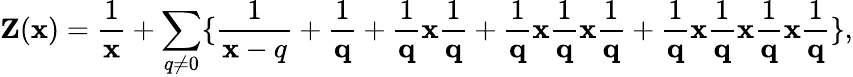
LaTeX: {\mathbf Z({\mathbf x})}=\frac{1}{{\mathbf x}}+\sum_{q\neq 0}\{ \frac{1}{{\mathbf x-q}}+\frac{1}{{\mathbf q}}+\frac{1}{{\mathbf q}}{\mathbf x}\frac{1}{{\mathbf q}}+\frac{1}{{\mathbf q}}{\mathbf x}\frac{1}{{\mathbf q}}{\mathbf x}\frac{1}{{\mathbf q}}+\frac{1}{{\mathbf q}}{\mathbf x}\frac{1}{{\mathbf q}}{\mathbf x}\frac{1}{{\mathbf q}}{\mathbf x}\frac{1}{{\mathbf q}}\} ,